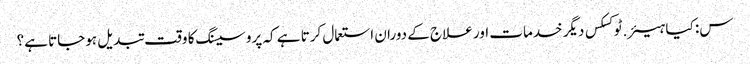
س: کیا ہیئر.ٹوکسکس دیگر خدمات اور علاج کے دوران استعمال کرتا ہے کہ پروسیسنگ کا وقت تبدیل ہوجاتا ہے؟